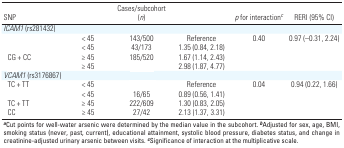
<table><thead><tr><td><b>SNP</b></td><td>[EMPTY_CELL]</td><td><b>Cases/subcohort (<i>n</i>)</b></td><td>[EMPTY_CELL]</td><td><b><i>p</i> for interaction<sup><i>c</i></sup></b></td><td><b>RERI (95% CI)</b></td></tr></thead><tbody><tr><td><b><i>ICAM1</i> (rs281432)</b></td></tr><tr><td>[EMPTY_CELL]</td><td>&lt; 45</td><td>143/500</td><td>Reference</td><td>0.40</td><td>0.97 (–0.31, 2.24)</td></tr><tr><td>[EMPTY_CELL]</td><td>&lt; 45</td><td>43/173</td><td>1.35 (0.84, 2.18)</td></tr><tr><td><b>CG + CC</b></td><td>≥ 45</td><td>185/520</td><td>1.67 (1.14, 2.43)</td></tr><tr><td>[EMPTY_CELL]</td><td>≥ 45</td><td>[EMPTY_CELL]</td><td>2.98 (1.87, 4.77)</td></tr><tr><td><b><i>VCAM1</i> (rs3176867)</b></td></tr><tr><td><b>TC + TT</b></td><td>&lt; 45</td><td>[EMPTY_CELL]</td><td>Reference</td><td>0.04</td><td>0.94 (0.22, 1.66)</td></tr><tr><td>[EMPTY_CELL]</td><td>&lt; 45</td><td>16/65</td><td>0.89 (0.56, 1.41)</td></tr><tr><td><b>TC + TT</b></td><td>≥ 45</td><td>222/609</td><td>1.30 (0.83, 2.05)</td></tr><tr><td><b>CC</b></td><td>≥ 45</td><td>27/42</td><td>2.13 (1.37, 3.31)</td></tr><tr><td colspan="6"><sup><i><b>a</b></i></sup>Cut points for well-water arsenic were determined by the median value in the subcohort. <sup><i><b>b</b></i></sup>Adjusted for sex, age, BMI, smoking status (never, past, current), educational attainment, systolic blood pressure, diabetes status, and change in creatinine-adjusted urinary arsenic between visits. <sup><i><b>c</b></i></sup>Significance of interaction at the multiplicative scale.</td></tr></tbody></table>